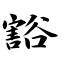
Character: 豁